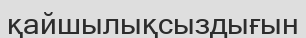
қайшылықсыздығын